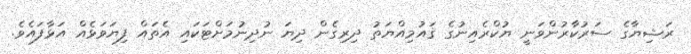
ރަޝިޔާގެ ސަރުކާރުންވަނީ ޔުކްރެއިނުގެ ޤައުމިއްޔަތު ދިރިގެން ދިޔަ ނުދިނުމަށްޓަކައި އެތައް ފިޔަވަޅެއް އަޅާފައެވެ.